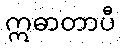
ဣဓာတာပီ